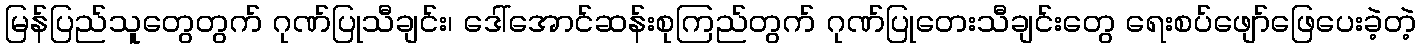
မြန်ပြည်သူတွေတွက် ဂုဏ်ပြုသီချင်း၊ ဒေါ်အောင်ဆန်းစုကြည်တွက် ဂုဏ်ပြုတေးသီချင်းတွေ ရေးစပ်ဖျော်ဖြေပေးခဲ့တဲ့